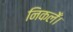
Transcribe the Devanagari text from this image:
निकलेँ।